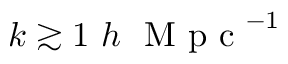
k \gtrsim 1 \ h \ \mathrm { ~ M ~ p ~ c ~ } ^ { - 1 }